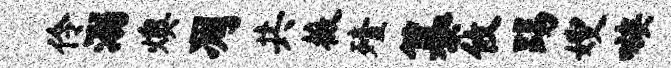
伶溺燠凋共薇殪纂攸踢嫂嗾